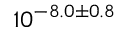
1 0 ^ { - 8 . 0 \pm 0 . 8 }